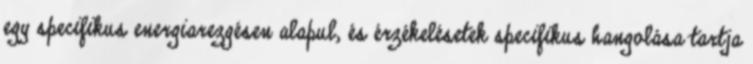
egy specifikus energiarezgésen alapul, és érzékelésetek specifikus hangolása tartja